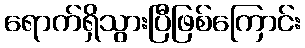
ရောက်ရှိသွားပြီဖြစ်ကြောင်း